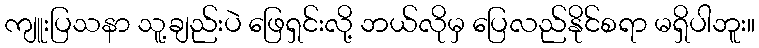
ကျူးပြသနာ သူ့ချည်းပဲ ဖြေရှင်းလို့ ဘယ်လိုမှ ပြေလည်နိုင်စရာ မရှိပါဘူး။